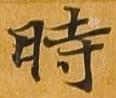
時